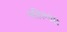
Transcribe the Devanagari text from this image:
महिलेचेही